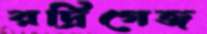
রদ্রিগেজ